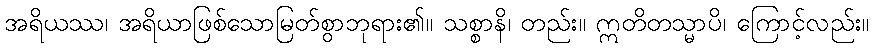
အရိယဿ၊ အရိယာဖြစ်သောမြတ်စွာဘုရား၏။ သစ္စာနိ၊ တည်း။ ဣတိတသ္မာပိ၊ ကြောင့်လည်း။